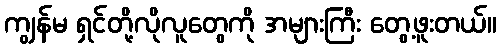
ကျွန်မ ရှင်တို့လိုလူတွေကို အများကြီး တွေ့ဖူးတယ်။